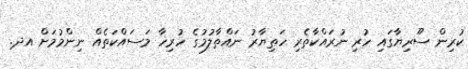
ކުރިން ސޫރިޔާގައި ހުރި ނުރައްކާތެރި ހަތިޔާރު ނައްތާލުމުގެ ހުރިހާ މަސައްކަތެއް ނިންމުމަށް އދ.